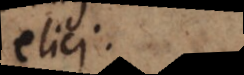
elici.